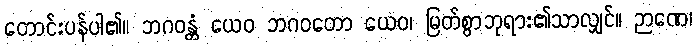
တောင်းပန်ပါ၏။ ဘဂဝန္တံ ယေဝ ဘဂဝတော ယေဝ၊ မြတ်စွာဘုရား၏သာလျှင်။ ဉာဏေ၊